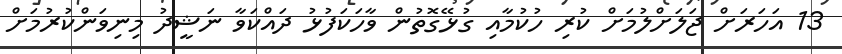
13 އަހަރަށް ޖަލަށްލުމަށް ކުރި ހުކުމާއި ގުޅޭގޮތުން ވާހަކަފުޅު ދައްކަވާ ނަޝީދު މިނިވަންކުރުމަށް